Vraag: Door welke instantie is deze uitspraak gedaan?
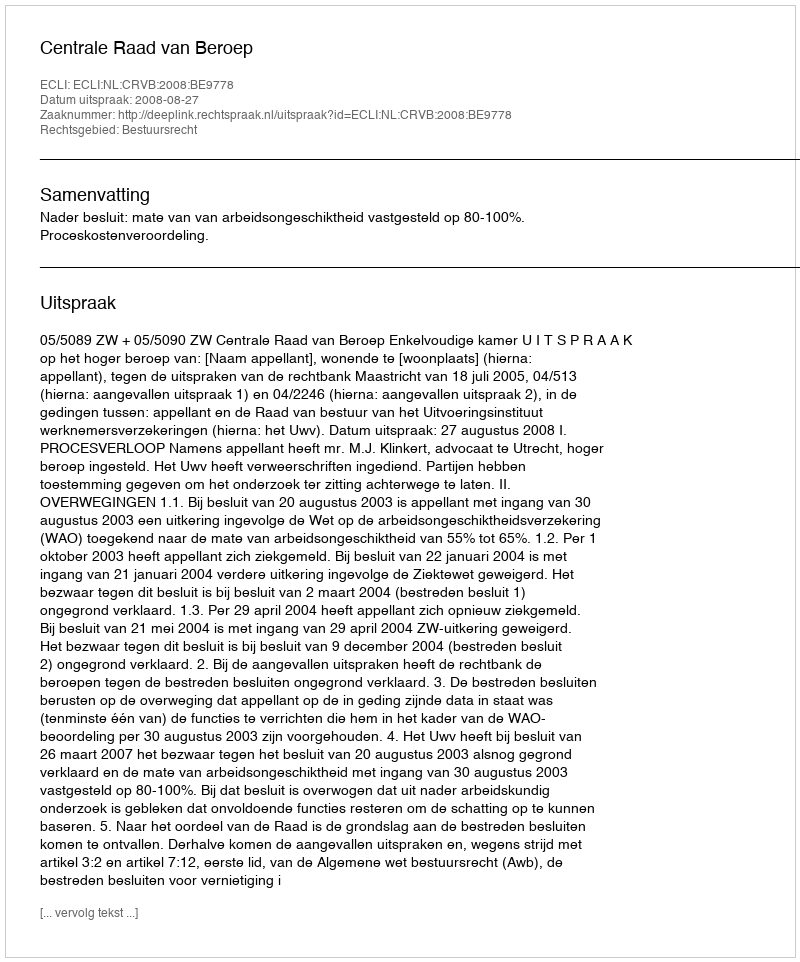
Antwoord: Centrale Raad van Beroep